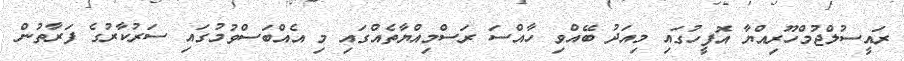
ރައީސުލްޖުމްހޫރިއްޔާ އޮފީހުގައި މިއަދު ބޭއްވި ހާއްސަ ރަސްމިއްޔާތެއްގައި މި އެއްބަސްވުމުގައި ސަރުކާރުގެ ފަރާތުން